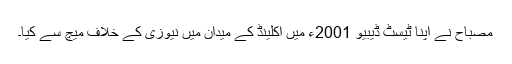
مصباح نے اپنا ٹیسٹ ڈیبیو 2001ء میں آکلینڈ کے میدان میں نیوزی کے خلاف میچ سے کیا۔